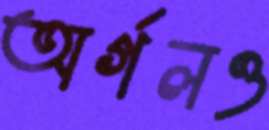
অর্গলও